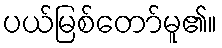
ပယ်မြစ်တော်မူ၏။